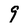
Character: 9